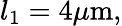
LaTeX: l_{1}=4\mu\mathrm{m},